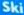
Ski